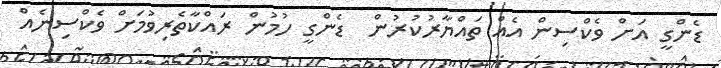
ޑެންގީ އަށް ވެކްސިން އެއް ތައްޔާރުކުރުން  ޑެންގީ ހުމުން ރައްކާތެރިވުމަށް ވެކްސިނެއް